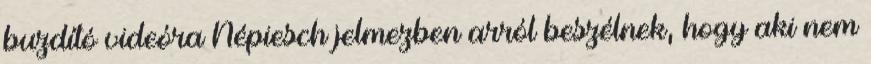
buzdító videóra Népiesch jelmezben arról beszélnek, hogy aki nem